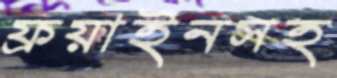
ফ্রয়াইনসহ